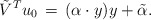
\begin{align*}\tilde{V}^T u_0 \,&=\, ({\alpha}\cdot y)y + \tilde{\alpha}.\end{align*}